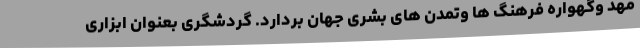
مهد وگهواره فرهنگ ها وتمدن های بشری جهان بردارد. گردشگری بعنوان ابزاری